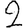
Digit: 2